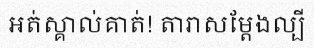
អត់ស្គាល់គាត់! តារាសម្តែងល្បី